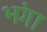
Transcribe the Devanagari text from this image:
भंगा